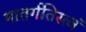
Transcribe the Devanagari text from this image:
मातर्गतिस्त्वं